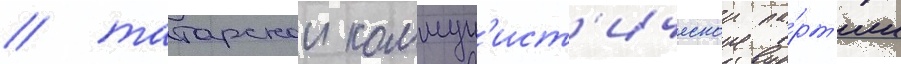
/ татарскои коммун'ист'ическои па́рт'ии